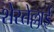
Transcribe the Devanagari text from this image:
शेरतेल्लाई